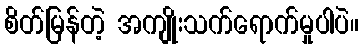
စိတ်မြန်တဲ့ အကျိုးသက်ရောက်မှုပါပဲ။